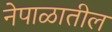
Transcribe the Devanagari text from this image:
नेपाळातील